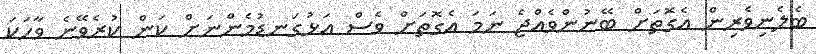
ބެލެނިވެރިން އެގޮތަށް ބޭނުންވެއްޖެ ނަމަ އެގޮތަށް ވެސް އަޅުގަނޑުމެންނަށް ކަން ކުރެވޭނެ ވާހަކަ